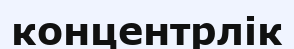
концентрлік